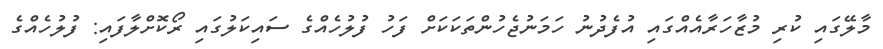
މާލޭގައި ކުރި މުޒާހަރާއެއްގައި އުފެދުނު ހަމަނުޖެހުންތަކަކަށް ފަހު ފުލުހެއްގެ ސައިކަލުގައި ރޯކޮށްލާފައި: ފުލުހެއްގެ